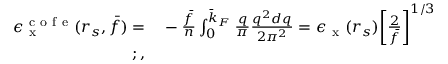
\begin{array} { r l } { \epsilon _ { \mathrm { ~ x ~ } } ^ { \mathrm { ~ c ~ o ~ f ~ e ~ } } ( r _ { s } , \bar { f } ) = } & { { } - \frac { \bar { f } } { n } \int _ { 0 } ^ { \bar { k } _ { F } } \frac { q } { \pi } \frac { q ^ { 2 } d q } { 2 \pi ^ { 2 } } = \epsilon _ { \mathrm { ~ x ~ } } ( r _ { s } ) \bigg [ \frac { 2 } { \bar { f } } \bigg ] ^ { 1 / 3 } } \\ { ; , } \end{array}